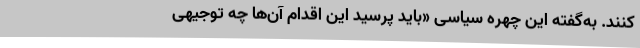
کنند. به‌گفته این چهره سیاسی «باید پرسید این اقدام آن‌ها چه توجیهی